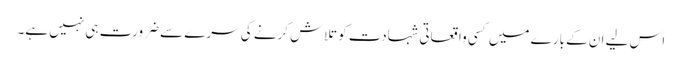
اس لیے ان کے بارے میں کسی واقعاتی شہادت کو تلاش کرنے کی سرے سے ضرورت ہی نہیں ہے۔